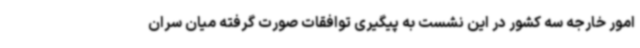
امور خارجه سه کشور در این نشست به پیگیری توافقات صورت گرفته میان سران